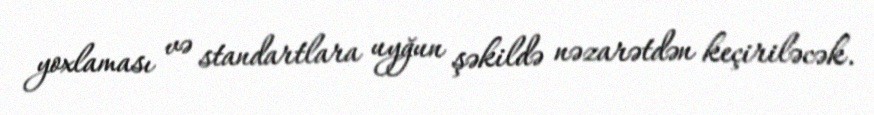
yoxlaması və standartlara uyğun şəkildə nəzarətdən keçiriləcək.